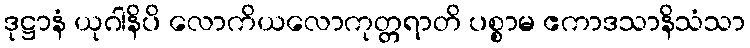
ဒုဋ္ဌာနံ ယုဂါနိပိ လောကိယလောကုတ္တရာတိ ပစ္စာမ ဧကာဒသာနိသံသာ